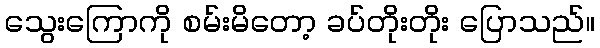
သွေးကြောကို စမ်းမိတော့ ခပ်တိုးတိုး ပြောသည်။